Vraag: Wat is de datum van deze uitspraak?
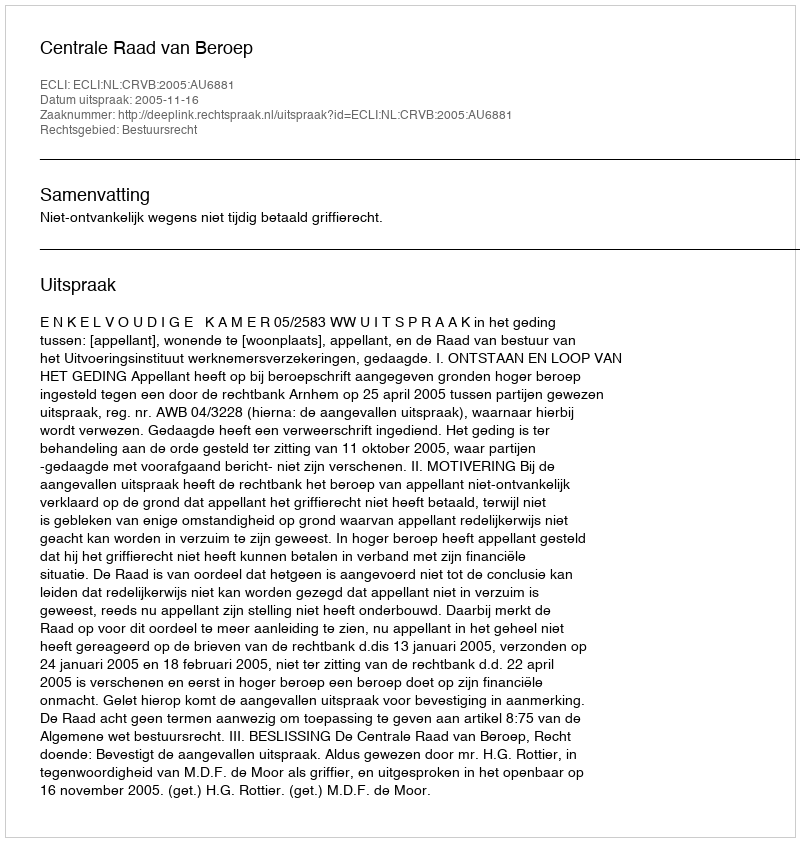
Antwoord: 2005-11-16